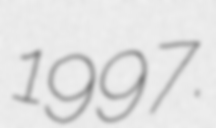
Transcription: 1997.